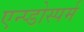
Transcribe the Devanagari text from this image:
एन्प्डोस्पर्म